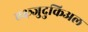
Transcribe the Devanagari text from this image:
एक्ष्त्र्जुदुकिअल